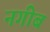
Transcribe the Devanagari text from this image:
नगीब